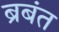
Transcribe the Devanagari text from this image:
ब्रबंत